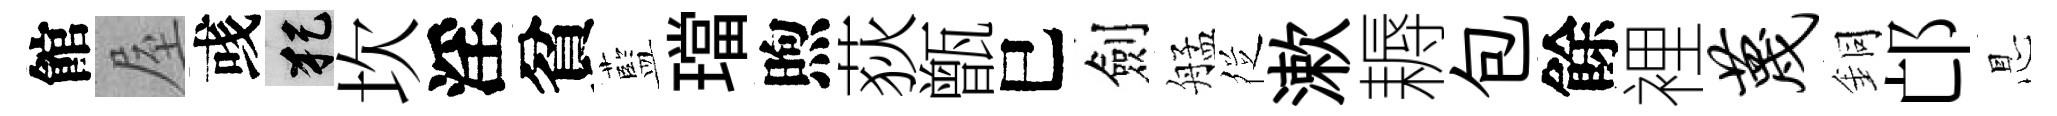
館屋彧犯坎淫貧藍璫煦荻甑巳劍艋徔漱耨包餘裡蔑銅邙㤙